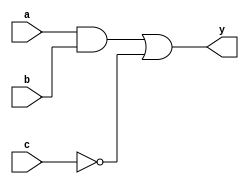
module combinational_logic (
    input wire a,        // Input signal a
    input wire b,        // Input signal b
    input wire c,        // Input signal c
    output reg y         // Output signal y
);

// Sensitivity list includes the input signals
always @ (a, b, c) begin
    // Combinational logic implementation
    y = (a & b) | (~c); // Example logic: y = (a AND b) OR (NOT c)
end

endmodule